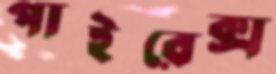
পাইরেক্স